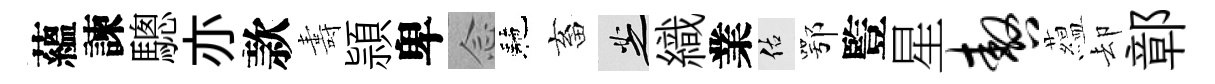
蘊諫驄亦款夀頴卑𫝹駰畜芝織業佑鄂䜿星嗷藴却鄣